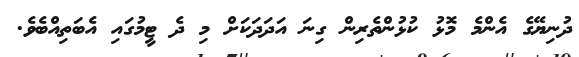
ދުނިޔޭގެ އެންމެ މޮޅު ކުޅުންތެރިން ގިނަ އަދަދަކަށް މި ދެ ޓީމުގައި އެބަތިއްބެވެ.